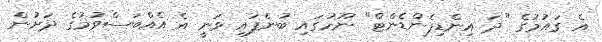
އެ ގައުމުގެ "ދަ އިންޑިޕެންޑެންޓް" ނޫހުގައި ބުނެފައި ވަނީ އެ އެއްބަސްވުމުގެ ދަށުން